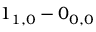
1 _ { 1 , 0 } - 0 _ { 0 , 0 }